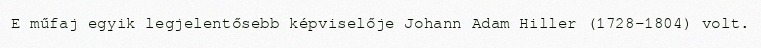
E műfaj egyik legjelentősebb képviselője Johann Adam Hiller (1728–1804) volt.